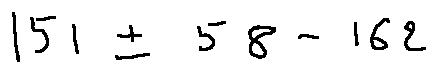
1 5 1 \pm 5 8 - 1 6 2